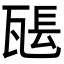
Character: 𤭖